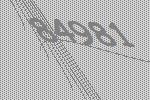
84981